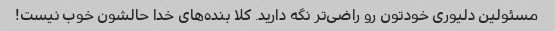
مسئولین دلیوری خودتون رو راضی‌تر نگه دارید. کلا بنده‌های خدا حالشون خوب نیست!